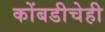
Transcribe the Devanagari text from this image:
कोंबडीचेही